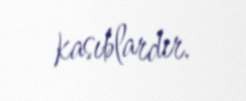
kasıblardır.